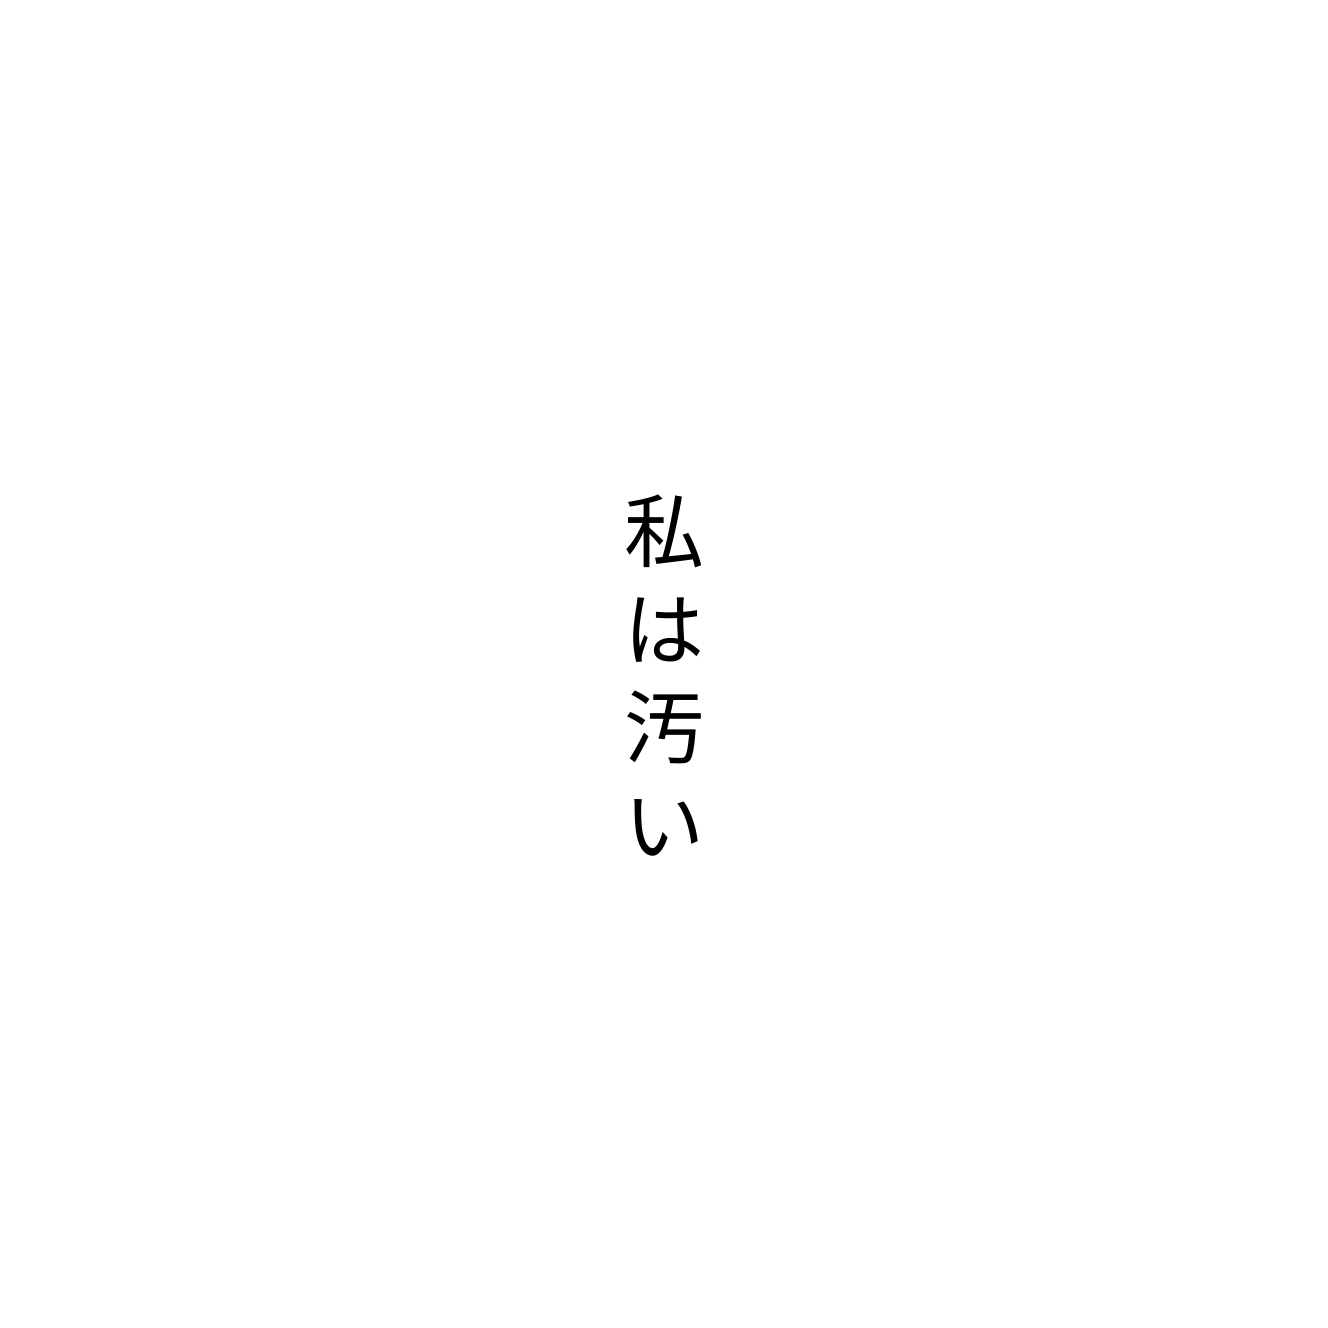
私は汚い